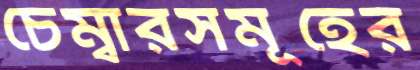
চেম্বারসমূহের